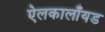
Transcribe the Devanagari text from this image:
ऐलकालाँयड